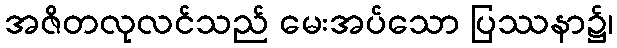
အဇိတလုလင်သည် မေးအပ်သော ပြဿနာ၌၊